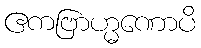
ဧကဗြာဟ္မဏောပိ